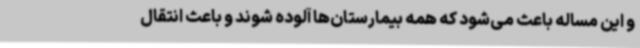
و این مساله باعث می‌شود که همه بیمارستان‌ها آلوده شوند و باعث انتقال